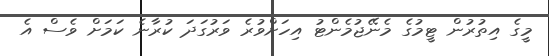
މީގެ އިތުރުން ޓީމުގެ މެނޭޖުމެންޓު އިހަށްވުރެ ވަރުގަދަ ކުރާނެ ކަމަށް ވެސް އެ